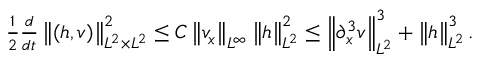
\begin{array} { r } { \frac { 1 } { 2 } \frac { d } { d t } \left\| ( h , v ) \right\| _ { L ^ { 2 } \times L ^ { 2 } } ^ { 2 } \leq C \left\| v _ { x } \right\| _ { L ^ { \infty } } \left\| h \right\| _ { L ^ { 2 } } ^ { 2 } \leq \left\| \partial _ { x } ^ { 3 } v \right\| _ { L ^ { 2 } } ^ { 3 } + \left\| h \right\| _ { L ^ { 2 } } ^ { 3 } . } \end{array}